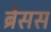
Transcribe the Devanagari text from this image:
ब्रेसस